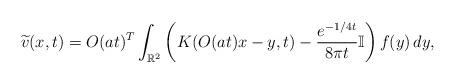
LaTeX: \begin{align*}\widetilde v(x,t)=O(at)^T\int_{\mathbb R^2}\left(K(O(at)x-y,t)-\frac{e^{-1/4t}}{8\pi t}\mathbb I\right)f(y)\,dy,\end{align*}